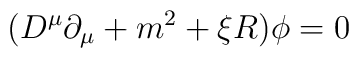
(D^{\mu}\partial_{\mu} +m^2 +\xi R)\phi =0